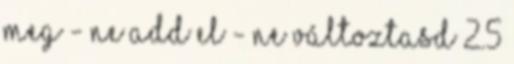
meg - Ne add el - Ne változtasd 2.5